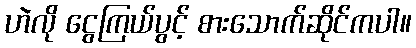
ဟဲလို ငွေကြယ်ပွင့် စားသောက်ဆိုင်ကပါ။